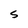
Character: S